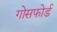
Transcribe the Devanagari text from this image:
गोसफोर्ड